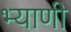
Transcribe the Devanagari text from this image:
भ्याणी